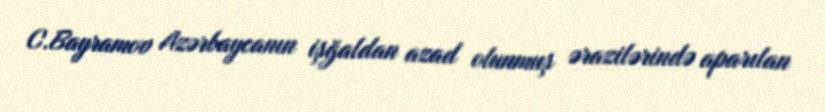
C.Bayramov Azərbaycanın işğaldan azad olunmuş ərazilərində aparılan